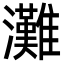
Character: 灘